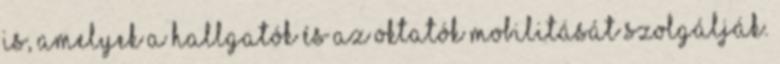
is, amelyek a hallgatók és az oktatók mobilitását szolgálják.